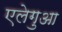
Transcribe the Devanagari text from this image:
एलेगुआ